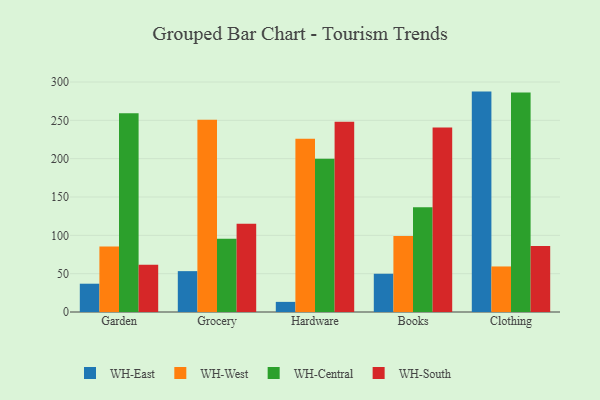
{"axis": {"x": "Category", "y": "Waste Production (Tons)"}, "legend": ["WH-Central", "WH-East", "WH-South", "WH-West"], "data": [{"x": "Garden", "y": 36.9, "type": "WH-East"}, {"x": "Garden", "y": 85.6, "type": "WH-West"}, {"x": "Garden", "y": 259.2, "type": "WH-Central"}, {"x": "Garden", "y": 61.7, "type": "WH-South"}, {"x": "Grocery", "y": 53.3, "type": "WH-East"}, {"x": "Grocery", "y": 250.9, "type": "WH-West"}, {"x": "Grocery", "y": 95.4, "type": "WH-Central"}, {"x": "Grocery", "y": 115.2, "type": "WH-South"}, {"x": "Hardware", "y": 13.2, "type": "WH-East"}, {"x": "Hardware", "y": 226.1, "type": "WH-West"}, {"x": "Hardware", "y": 200.0, "type": "WH-Central"}, {"x": "Hardware", "y": 248.1, "type": "WH-South"}, {"x": "Books", "y": 49.9, "type": "WH-East"}, {"x": "Books", "y": 99.2, "type": "WH-West"}, {"x": "Books", "y": 136.7, "type": "WH-Central"}, {"x": "Books", "y": 240.6, "type": "WH-South"}, {"x": "Clothing", "y": 287.5, "type": "WH-East"}, {"x": "Clothing", "y": 59.4, "type": "WH-West"}, {"x": "Clothing", "y": 286.3, "type": "WH-Central"}, {"x": "Clothing", "y": 86.2, "type": "WH-South"}]}